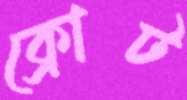
ক্রোট